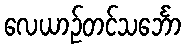
လေယာဉ်တင်သင်္ဘော